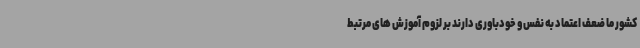
کشور ما ضعف اعتماد به نفس و خودباوری دارند بر لزوم آموزش های مرتبط